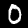
Digit: 0